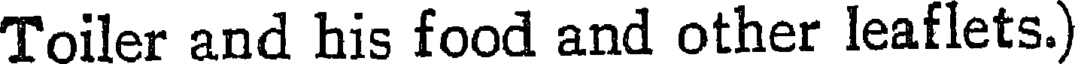
Toiler and his food and other leaflets.)